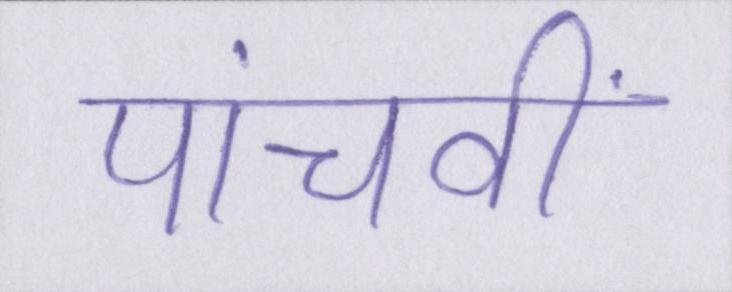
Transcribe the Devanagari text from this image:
पांचवीं